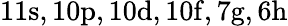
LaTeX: \mathrm{11s,10p,10d,10f,7g,6h}